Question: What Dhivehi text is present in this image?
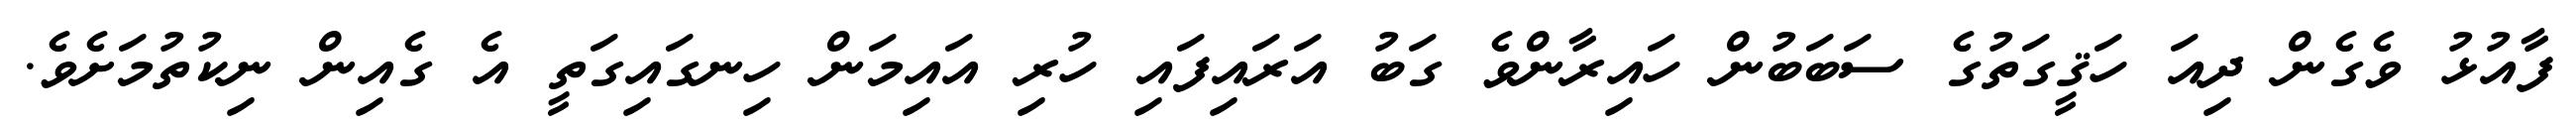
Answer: ފާއުޅު ވެގެން ދިއަ ހަޤީގަތުގެ ސަބަބުން ހައިރާންވެ ގަބު އަރައިފައި ހުރި އައިމަން ހިނގައިގަތީ އެ ގެއިން ނިކުތުމަށެވެ.